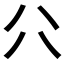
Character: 𠔁